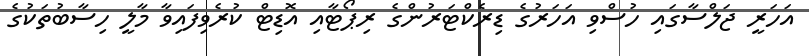
އަހަރީ ޖަލްސާގައި ހުސްވި އަހަރުގެ ޑިރެކްޓަރުންގެ ރިޕޯޓާއި އޮޑިޓް ކުރެވިފައިވާ މާލީ ހިސާބުތަކުގެ